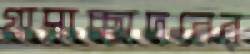
গ্রাসাচ্ছাদনের